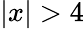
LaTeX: |x|>4